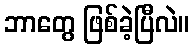
ဘာတွေ ဖြစ်ခဲ့ပြီလဲ။